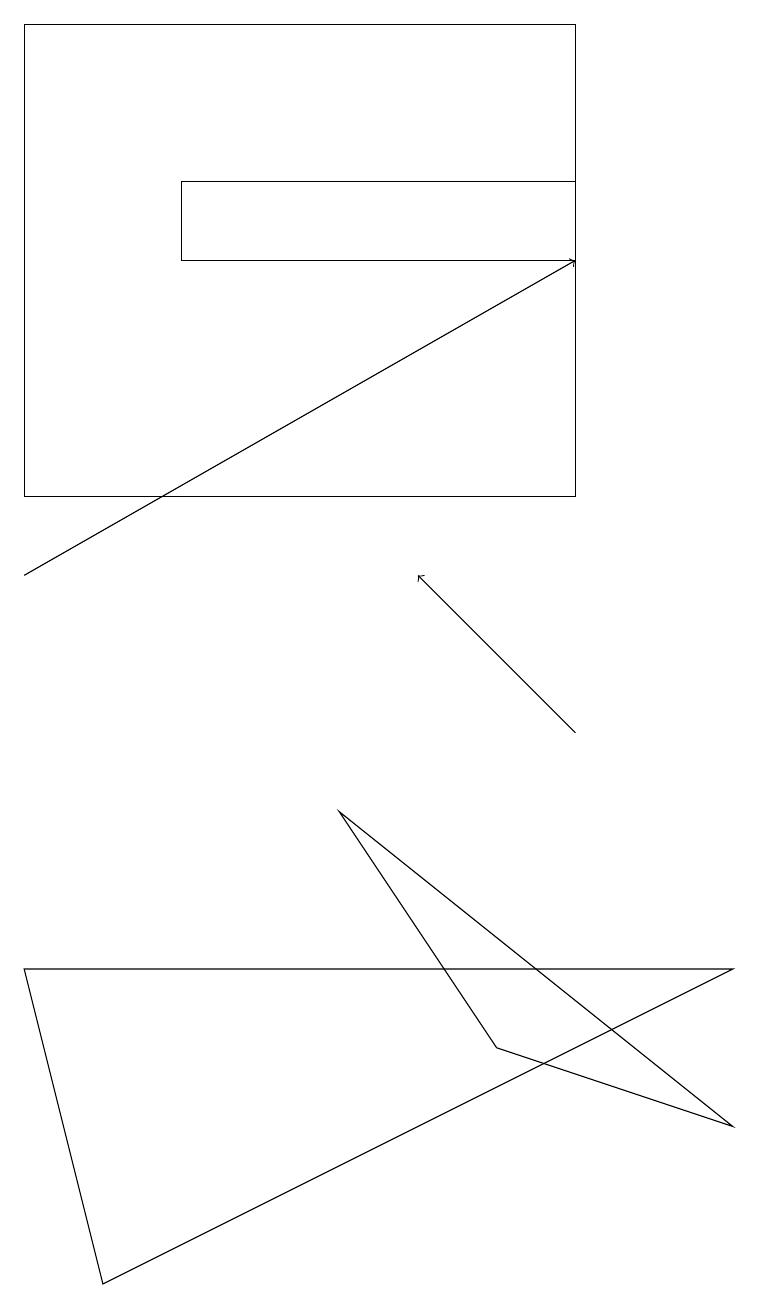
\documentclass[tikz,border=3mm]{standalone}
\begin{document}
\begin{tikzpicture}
\draw[->] (0,12) -- (7,16);
\draw (2,16) rectangle (7,17);
\draw (7,13) rectangle (0,19);
\draw (4,9) -- (9,5) -- (6,6) -- cycle;
\draw (0,7) -- (9,7) -- (1,3) -- cycle;
\draw[->] (7,10) -- (5,12);
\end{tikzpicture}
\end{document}